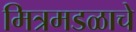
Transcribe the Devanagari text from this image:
मित्रमडळाचे